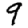
Digit: 9